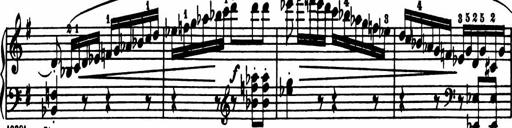
Title: Sonatina in G major
Composer: Friedrich Kuhlau
Key: G major